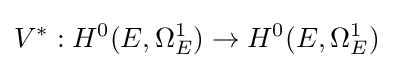
V^{*}:H^{0}(E,\Omega _{E}^{1})\to H^{0}(E,\Omega _{E}^{1})